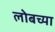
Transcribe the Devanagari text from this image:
लोबच्या